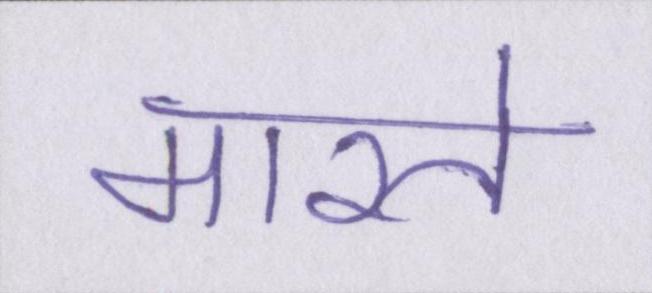
मारते